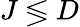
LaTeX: J\lessgtr D